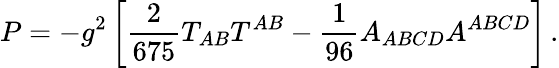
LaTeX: P=-g^{2}\left[{\frac{2}{675}}T_{AB}T^{AB}-{\frac{1}{96}}A_{ABCD}A^{ABCD}\right]\, .